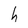
Character: h